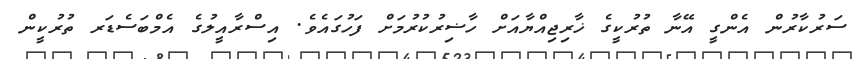
ސަރުކާރުން އެންގީ އޭނާ ތުރުކީގެ ޚާރިޖިއްޔާއަށް ހާޟިރުކުރުމަށް ފަހުގައެވެ. އިސްރާއީލުގެ އެމްބަސެޑަރ ތުރުކީން